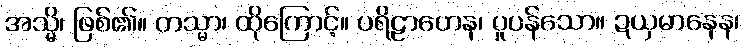
အသ္မိ၊ ဖြစ်၏။ တသ္မာ၊ ထိုကြောင့်။ ပရိဠာဟေန၊ ပူပန်သော။ ဍယှမာနေန၊